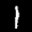
Label: 1